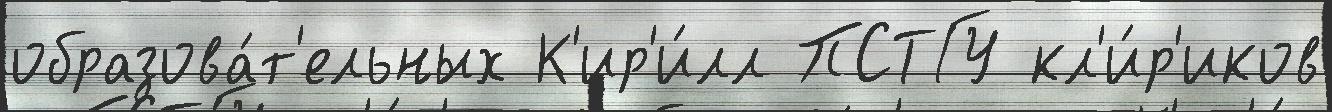
образова́т'ельных К'ир'и́лл ПСТГУ кл'и́р'иков